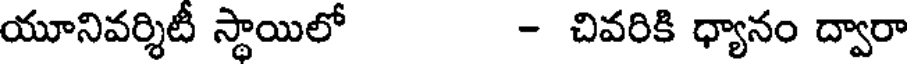
యూనివర్శిటీ స్థాయిలో - చివరికి ధ్యానం ద్వారా